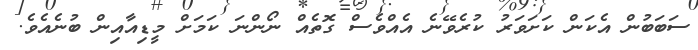
ސަބަބުން އެކަން ކަށަވަރު ކުރެވޭނެ އެއްވެސް ގޮތެއް ނޯންނަ ކަމަށް މީޑިއާއިން ބުނެއެވެ.